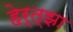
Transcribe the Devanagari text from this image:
हेर्त्झा